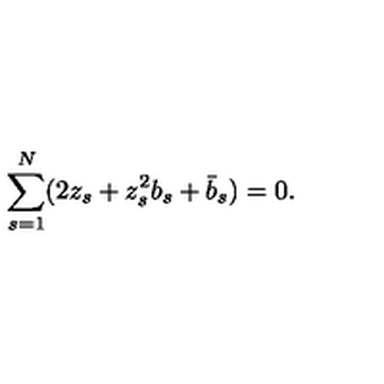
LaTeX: \sum _ { s = 1 } ^ { N } ( 2 z _ { s } + z _ { s } ^ { 2 } b _ { s } + \bar { b } _ { s } ) = 0 .